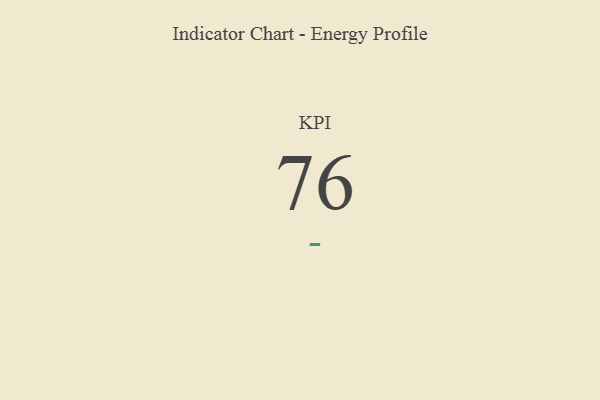
{"axis": {"x": "KPI", "y": "Value"}, "legend": [""], "data": [{"x": "KPI", "y": 76, "type": ""}]}